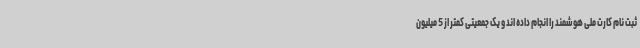
ثبت نام کارت ملی هوشمند را انجام داده اند و یک جمعیتی کمتر از 5 میلیون